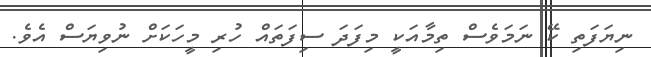
ނިޔަފަތި ކޭ ނަމަވެސް ތިމާއަކީ މިފަދަ ސިފަތައް ހުރި މީހަކަށް ނުވިޔަސް އެވެ.